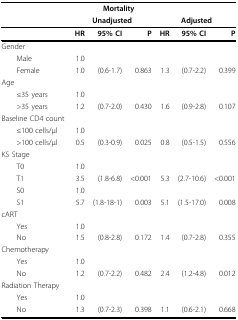
<table><thead><tr><td colspan="7"><b>Mortality</b></td></tr><tr><td></td><td colspan="3"><b>Unadjusted</b></td><td colspan="3"><b>Adjusted</b></td></tr></thead><tbody><tr><td></td><td><b>HR</b></td><td><b>95% CI</b></td><td><b>P</b></td><td><b>HR</b></td><td><b>95% CI</b></td><td><b>P</b></td></tr><tr><td>Gender</td><td></td><td></td><td></td><td></td><td></td><td></td></tr><tr><td> Male</td><td>1.0</td><td></td><td></td><td></td><td></td><td></td></tr><tr><td> Female</td><td>1.0</td><td>(0.6-1.7)</td><td>0.863</td><td>1.3</td><td>(0.7-2.2)</td><td>0.399</td></tr><tr><td>Age</td><td></td><td></td><td></td><td></td><td></td><td></td></tr><tr><td> ≤35 years</td><td>1.0</td><td></td><td></td><td></td><td></td><td></td></tr><tr><td> &gt;35 years</td><td>1.2</td><td>(0.7-2.0)</td><td>0.430</td><td>1.6</td><td>(0.9-2.8)</td><td>0.107</td></tr><tr><td>Baseline CD4 count</td><td></td><td></td><td></td><td></td><td></td><td></td></tr><tr><td> ≤100 cells/μl</td><td>1.0</td><td></td><td></td><td></td><td></td><td></td></tr><tr><td> &gt;100 cells/μl</td><td>0.5</td><td>(0.3-0.9)</td><td>0.025</td><td>0.8</td><td>(0.5-1.5)</td><td>0.556</td></tr><tr><td>KS Stage</td><td></td><td></td><td></td><td></td><td></td><td></td></tr><tr><td> T0</td><td>1.0</td><td></td><td></td><td></td><td></td><td></td></tr><tr><td> T1</td><td>3.5</td><td>(1.8-6.8)</td><td>&lt;0.001</td><td>5.3</td><td>(2.7-10.6)</td><td>&lt;0.001</td></tr><tr><td> S0</td><td>1.0</td><td></td><td></td><td></td><td></td><td></td></tr><tr><td> S1</td><td>5.7</td><td>(1.8-18-1)</td><td>0.003</td><td>5.1</td><td>(1.5-17.0)</td><td>0.008</td></tr><tr><td>cART</td><td></td><td></td><td></td><td></td><td></td><td></td></tr><tr><td> Yes</td><td>1.0</td><td></td><td></td><td></td><td></td><td></td></tr><tr><td> No</td><td>1.5</td><td>(0.8-2.8)</td><td>0.172</td><td>1.4</td><td>(0.7-2.8)</td><td>0.355</td></tr><tr><td>Chemotherapy</td><td></td><td></td><td></td><td></td><td></td><td></td></tr><tr><td> Yes</td><td>1.0</td><td></td><td></td><td></td><td></td><td></td></tr><tr><td> No</td><td>1.2</td><td>(0.7-2.2)</td><td>0.482</td><td>2.4</td><td>(1.2-4.8)</td><td>0.012</td></tr><tr><td>Radiation Therapy</td><td></td><td></td><td></td><td></td><td></td><td></td></tr><tr><td> Yes</td><td>1.0</td><td></td><td></td><td></td><td></td><td></td></tr><tr><td> No</td><td>1.3</td><td>(0.7-2.3)</td><td>0.398</td><td>1.1</td><td>(0.6-2.1)</td><td>0.668</td></tr></tbody></table>